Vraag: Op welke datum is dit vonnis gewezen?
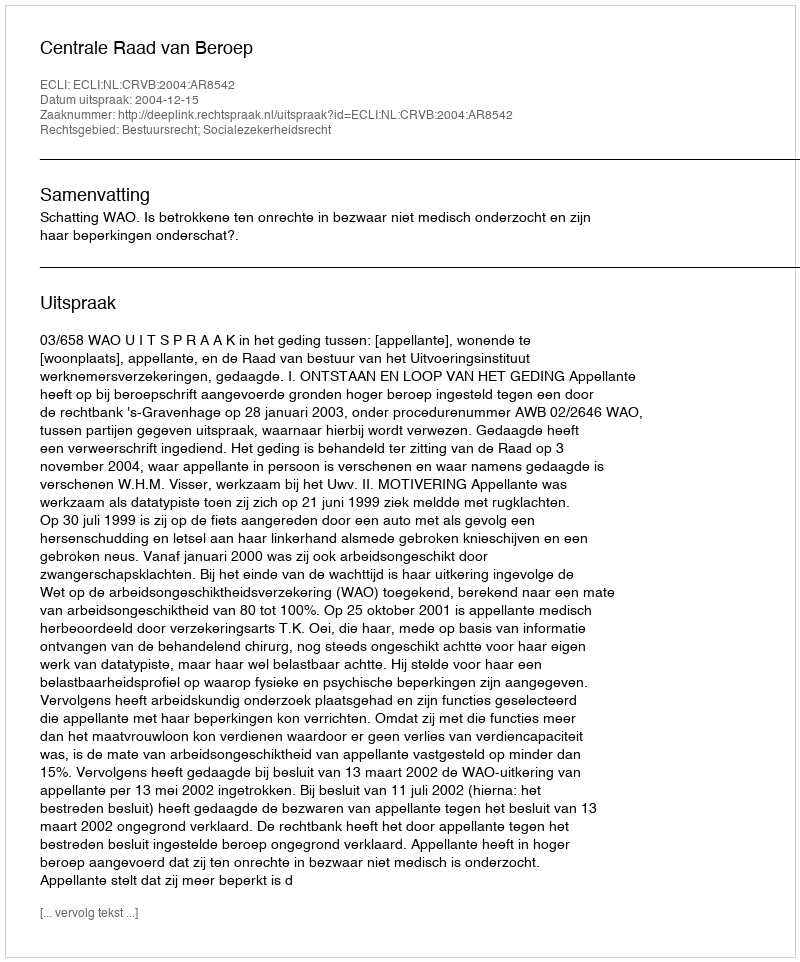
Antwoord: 2004-12-15